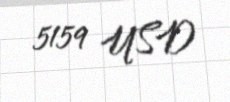
5159 USD